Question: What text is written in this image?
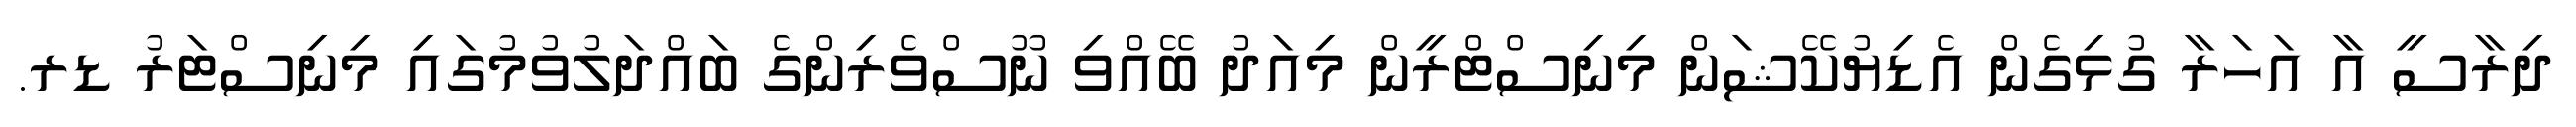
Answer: ދިރާސީ އާ އަހަރާ ގުޅިގެން އެޑިޔުކޭޝަން މިނިސްޓްރީން މިއަދު ބޭއްވި ނޫސްވެރިންގެ ބައްދަލުވުމުގައި މިނިސްޓަރު ޑރ.